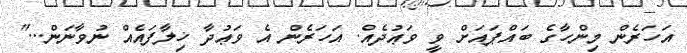
އަހަރެން މިންހާގެ ބައްޕައަށް ވީ ވަޢުދެއް. އަހަރެން އެ ވަޢުދާ ޚިލާފައެއް ނުވާނަން..."